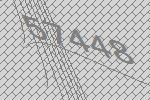
57448